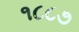
૧૮૮૭